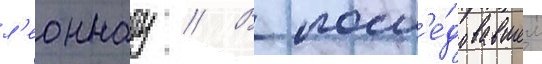
л'еоннату // В посл'е́довавшем